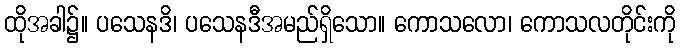
ထိုအခါ၌။ ပသေနဒိ၊ ပသေနဒီအမည်ရှိသော။ ကောသလော၊ ကောသလတိုင်းကို